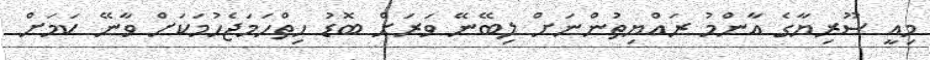
މިއީ ސޫރިޔާގެ އާންމު ރައްޔިތުންނަށް ލިބޭނޭ ވަރަށް ބޮޑު ހިތްހަމަޖެހުމަކަށް ވާނޭ ކަމަށް